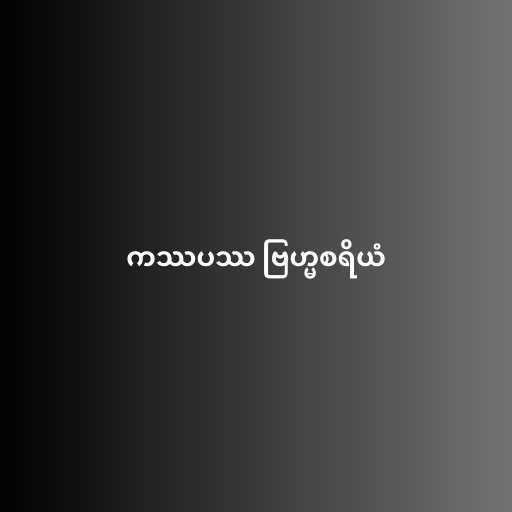
ကဿပဿ ဗြဟ္မစရိယံ